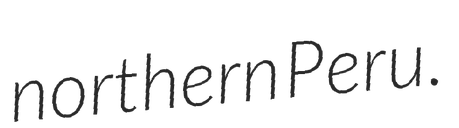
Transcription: northern Peru.